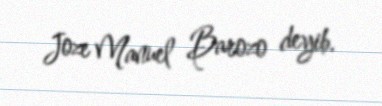
Joze Manuel Barozo deyib.